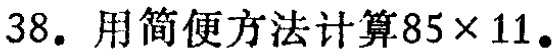
38. 用简便方法计算\(85\times 11\)。